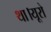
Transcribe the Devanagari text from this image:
था।यूरो